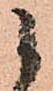
候